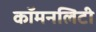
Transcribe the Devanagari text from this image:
कॉमनलिटी